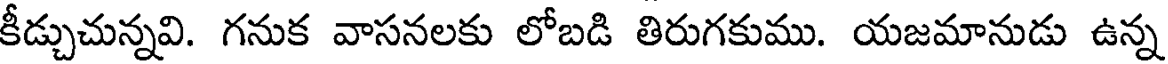
కీడ్చుచున్నవి. గనుక వాసనలకు లోబడి తిరుగకుము. యజమానుడు ఉన్న